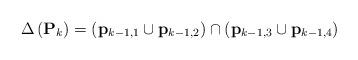
LaTeX: \begin{align*} \Delta\left( \mathbf{P}_k\right) = (\mathbf p_{k-1,1} \cup \mathbf p_{k-1,2}) \cap (\mathbf p_{k-1,3} \cup \mathbf p_{k-1,4})\end{align*}